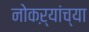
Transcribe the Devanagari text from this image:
नोकऱ्यांच्या